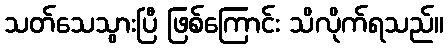
သတ်သေသွားပြီ ဖြစ်ကြောင်း သိလိုက်ရသည်။